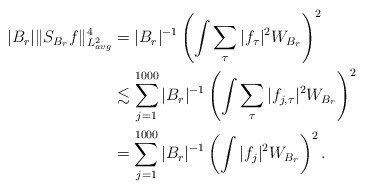
\begin{align*} |B_r|\|S_{B_r}f\|_{L^2_{avg}}^4&= |B_r|^{-1}\left(\int\sum_{\tau}|f_\tau|^2 W_{B_r}\right)^2\\ &\lesssim \sum_{j=1}^{1000}|B_r|^{-1}\left(\int\sum_{\tau}|f_{j,\tau}|^2 W_{B_r}\right)^2 \\ &=\sum_{j=1}^{1000}|B_r|^{-1}\left(\int|f_{j}|^2 W_{B_r}\right)^2 . \end{align*}